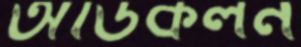
অডিকলন